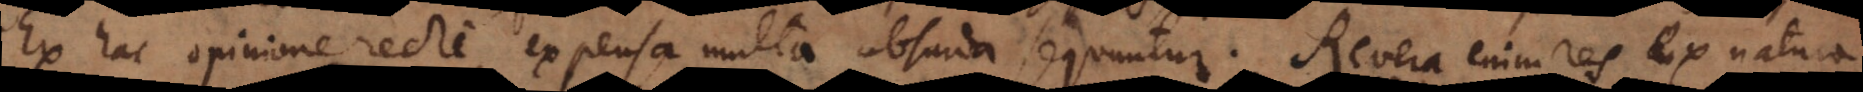
Ex hac opinione recte expensa multa absurda sequuntur. Revera enim res ex natura